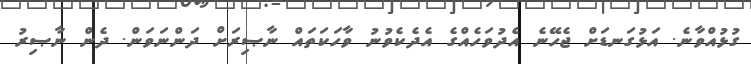
ގުޅުއްވާނެ. އަޅުގަނޑަށް ޖެހޭނެ އެދުވަހެއްގެ އެދެކެވުނު ވާހަކަތައް ނާޞިރަށް ދަންނަވަން. ދެން ނާޞިރު